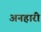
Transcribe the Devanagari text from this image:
अनहारी